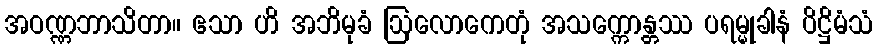
အဝဏ္ဏဘာသိတာ။ ဧသာ ဟိ အဘိမုခံ ဩလောကေတုံ အသက္ကောန္တဿ ပရမ္မုခါနံ ပိဋ္ဌိမံသံ